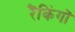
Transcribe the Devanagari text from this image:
रैंकिंगों